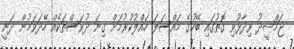
ޖަމްޝީދު ވިދާޅުވި ގޮތުގައި ބޭހުގެ މައްސަލަ ހައްލުކުރުމަށް ގިނަ ދުވަސްތަކެއް ހޭދަވަމުން ދަނީ